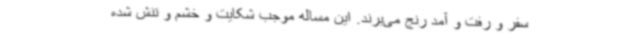
سفر و رفت و آمد رنج می‌برند. این مساله موجب شکایت و خشم و تنش شده